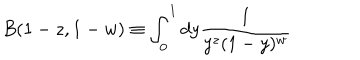
B ( 1 - z , 1 - w ) \equiv \int _ { 0 } ^ { 1 } d y \frac { 1 } { y ^ { z } ( 1 - y ) ^ { w } }